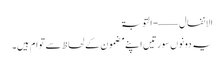
الانفال ——- التوبۃ
یہ دونوں سورتیں اپنے مضمون کے لحاظ سے توام ہیں۔